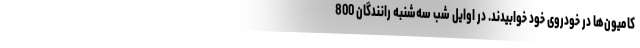
کامیون‌ها در خودروی خود خوابیدند. در اوایل شب سه‌شنبه رانندگان 800